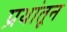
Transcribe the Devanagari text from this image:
प्रथांतून